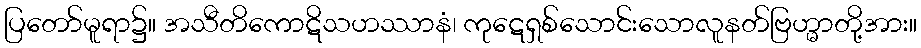
ပြတော်မူရာ၌။ အသီတိကောဋိသဟဿာနံ၊ ကုဋေရှစ်သောင်းသောလူနတ်ဗြဟ္မာတို့အား။